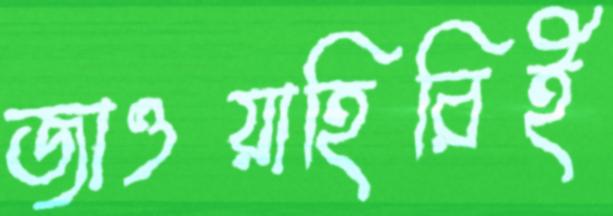
জাওয়াহিরিই